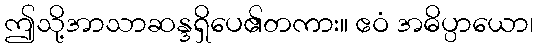
ဤသို့အာသာဆန္ဒရှိပေ၏တကား။ ဧဝံ အဓိပ္ပာယော၊